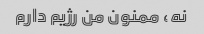
نه، ممنون من رژیم دارم